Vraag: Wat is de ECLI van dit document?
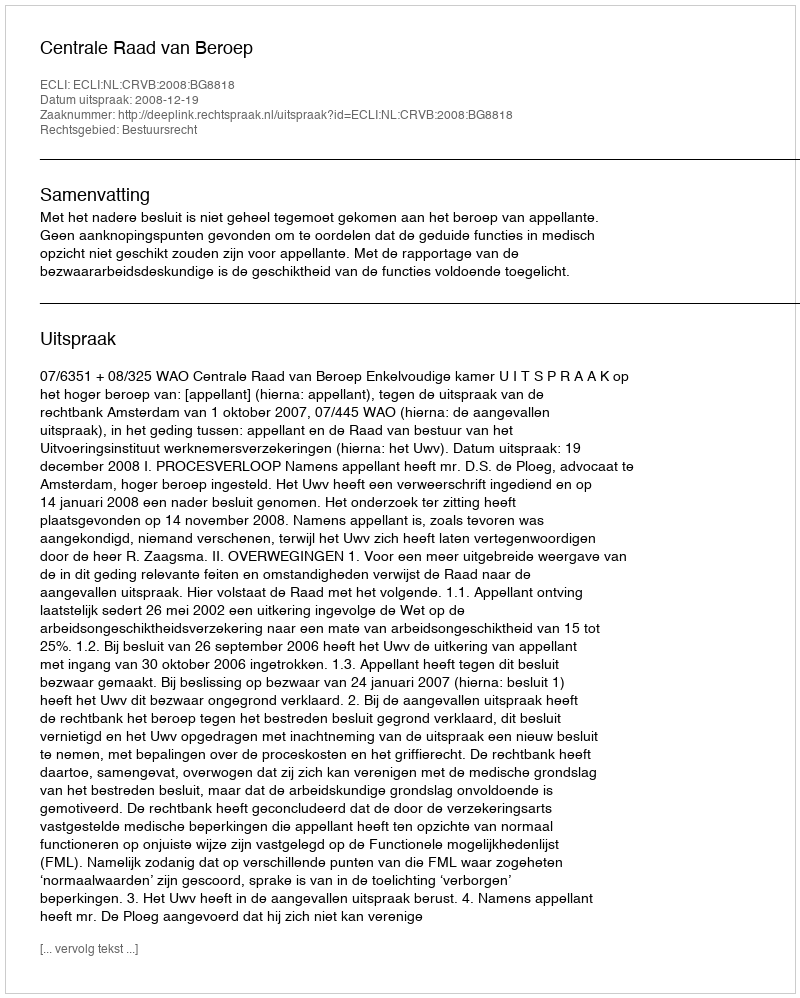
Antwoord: ECLI:NL:CRVB:2008:BG8818